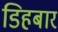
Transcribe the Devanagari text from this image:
डिहबार